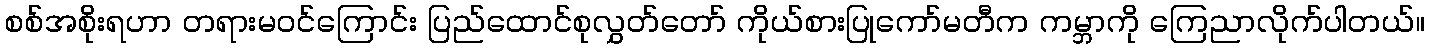
စစ်အစိုးရဟာ တရားမဝင်ကြောင်း ပြည်ထောင်စုလွှတ်တော် ကိုယ်စားပြုကော်မတီက ကမ္ဘာကို ကြေညာလိုက်ပါတယ်။